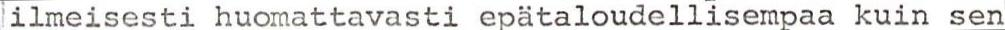
ilmeisesti huomattavasti epätaloudellisempaa kuin sen